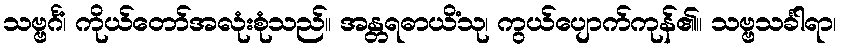
သဗ္ဗင်္ဂံ၊ ကိုယ်တော်အလုံးစုံသည်။ အန္တရဓာယိံသု၊ ကွယ်ပျောက်ကုန်၏။ သဗ္ဗသင်္ခါရာ၊